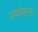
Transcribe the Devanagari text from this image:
पर्यावरण।